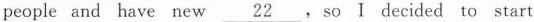
people and have new \underline{22},so I decided to start